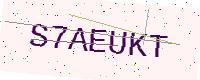
Text: S7AEUKT